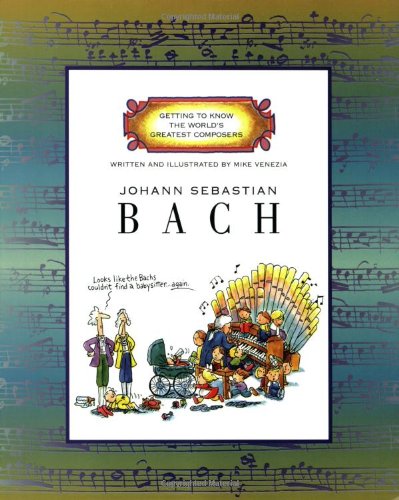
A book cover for Johann Sebastian Bach (Getting to Know the World's Greatest Composers); Mike Venezia; Children's Books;